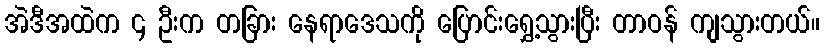
အဲဒီအထဲက ၄ ဦးက တခြား နေရာဒေသကို ပြောင်းရွှေ့သွားပြီး တာဝန် ကျသွားတယ်။